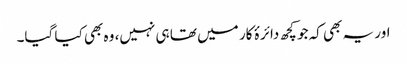
اور یہ بھی کہ جو کچھ دائرۂ کار میں تھا ہی نہیں، وہ بھی کیا گیا۔